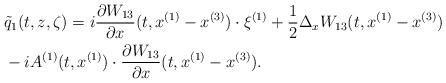
LaTeX: \begin{align*} & \tilde{q}_1(t,z,\zeta) = i\frac{\partial W_{13}}{\partial x} (t,x^{(1)} - x^{(3)})\cdot \xi^{(1)} + \frac{1}{2}\Delta_xW_{13} (t,x^{(1)} - x^{(3)}) \\& - i A^{(1)}(t,x^{(1)})\cdot \frac{\partial W_{13}}{\partial x} (t,x^{(1)} - x^{(3)}). \end{align*}